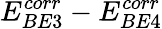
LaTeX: E_{BE3}^{corr}-E_{BE4}^{corr}